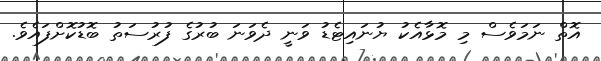
އޮތް ނަމަވެސް މި މޮޅާއެކު ޔުނައިޓެޑު ވަނީ ދެވަނަ ބުރުގެ ފުރުސަތު ބޮޑުކޮށްފައެވެ.